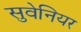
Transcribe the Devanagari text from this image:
सुवेनियर